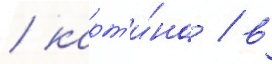
/ карт'и́на / в